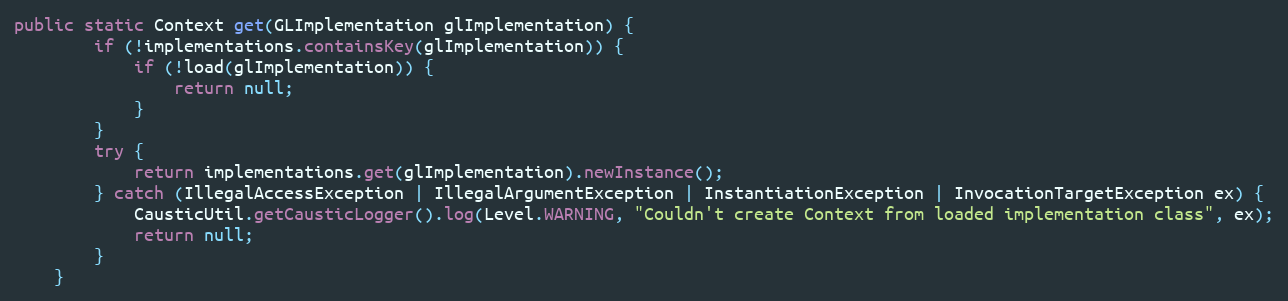
Language: Java
public static Context get(GLImplementation glImplementation) {
        if (!implementations.containsKey(glImplementation)) {
            if (!load(glImplementation)) {
                return null;
            }
        }
        try {
            return implementations.get(glImplementation).newInstance();
        } catch (IllegalAccessException | IllegalArgumentException | InstantiationException | InvocationTargetException ex) {
            CausticUtil.getCausticLogger().log(Level.WARNING, "Couldn't create Context from loaded implementation class", ex);
            return null;
        }
    }